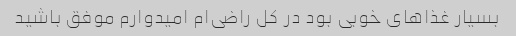
بسیار غذاهای خوبی بود در کل راضی‌ام امیدوارم موفق باشید